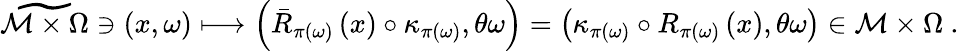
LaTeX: \widetilde{\mathcal{M}\times\Omega}\ni\left(x,\omega\right)\longmapsto\left(\bar{R}_{\pi\left(\omega\right)}\left(x\right)\circ\kappa_{\pi\left(\omega\right)},\theta\omega\right)=\left(\kappa_{\pi\left(\omega\right)}\circ R_{\pi\left(\omega\right)}\left(x\right),\theta\omega\right)\in\mathcal{M}\times\Omega\ .